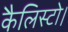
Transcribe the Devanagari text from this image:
कैलिस्टो।